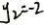
y _ { 2 } = - 2